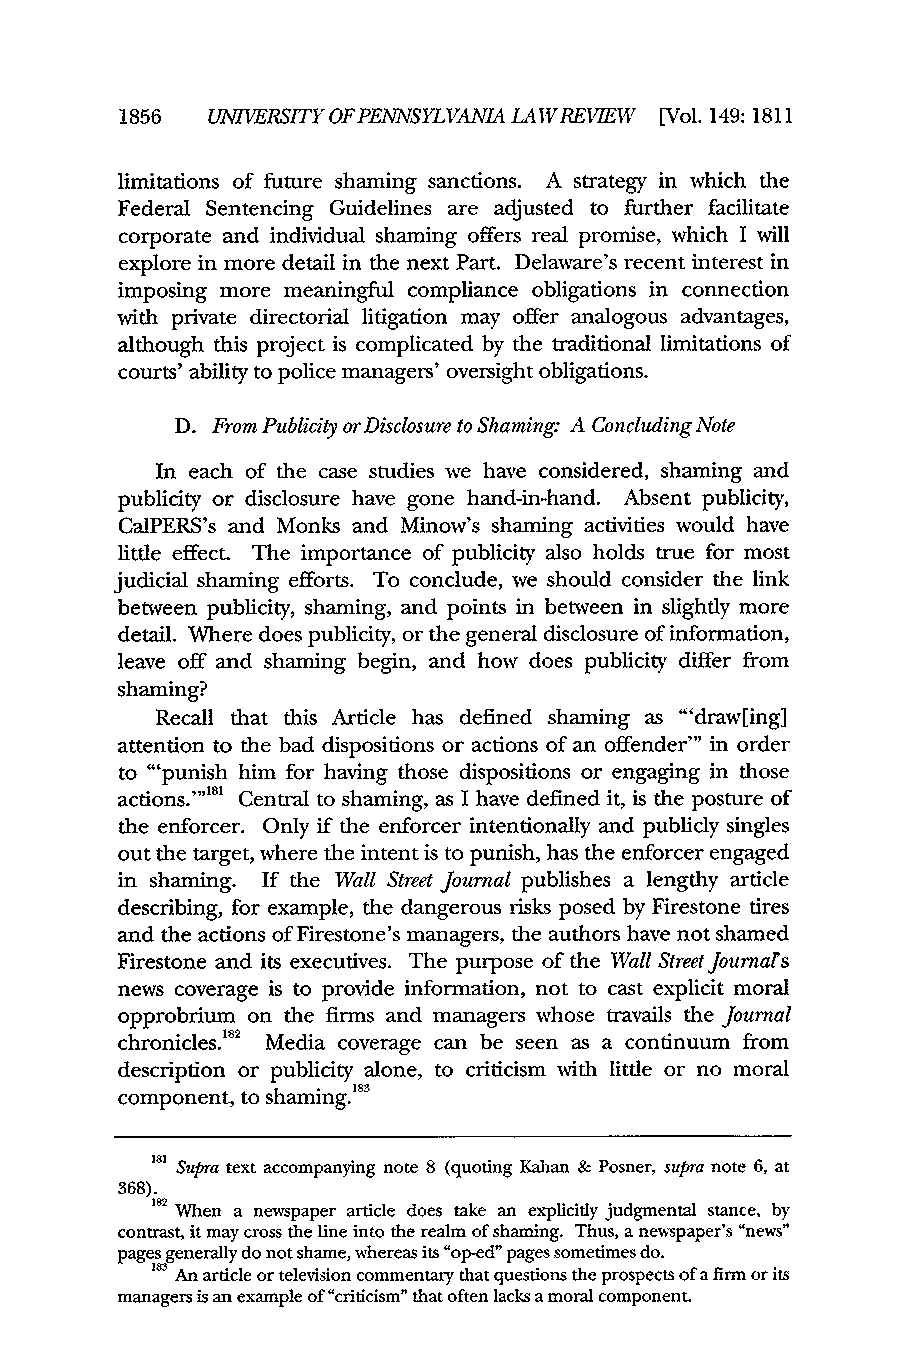
1856  UNIVERSITY OFPENNSYLVANIA LAIVREVEW [Vol. 149:1811
 limitations of future shaming sanctions. A strategy in which the
 Federal Sentencing Guidelines are adjusted to further facilitate
 corporate and individual shaming offers real promise, which I will
 explore in more detail in the next Part. Delaware's recent interest in
 imposing more meaningful compliance obligations in connection
 with private directorial litigation may offer analogous advantages,
 although this project is complicated by the traditional limitations of
 courts' ability to police managers' oversight obligations.
 D. FromP ublicity or Disclosure to Shaming: A ConcludingN ote
 In each of the case studies we have considered, shaming and
 publicity or disclosure have gone hand-in-hand. Absent publicity,
 CalPERS's and Monks and Minow's shaming activities would have
 little effect. The importance of publicity also holds true for most
 judicial shaming efforts. To conclude, we should consider the link
 between publicity, shaming, and points in between in slightly more
 detail. Where does publicity, or the general disclosure of information,
 leave off and shaming begin, and how does publicity differ from
 shaming?
 Recall that this Article has defined shaming as "'draw[ing]
 attention to the bad dispositions or actions of an offender"' in order
 to "'punish him for having those dispositions or engaging in those
 actions."'181 Central to shaming, as I have defined it, is the posture of
 the enforcer. Only if the enforcer intentionally and publicly singles
 out the target, where the intent is to punish, has the enforcer engaged
 in shaming. If the Wall Street Journal publishes a lengthy article
 describing, for example, the dangerous risks posed by Firestone tires
 and the actions of Firestone's managers, the authors have not shamed
 Firestone and its executives. The purpose of the Wall Street Journals
 news coverage is to provide information, not to cast explicit moral
 opprobrium on the firms and managers whose travails the Journal
 chronicles.'8' Media coverage can be seen as a continuum from
 description or publicity alone, to criticism with little or no moral
 component, to shaming.'83
 181 Supra text accompanying note 8 (quoting Kahan & Posner, supra note 6, at
 368).
 182W hen a newspaper article does take an explicitly judgmental stance, by
 contrast, it may cross the line into the realm of shaming. Thus, a newspaper's "news"
 pages generally do not shame, whereas its "op-ed" pages sometimes do.
 183A n article or television commentary that questions the prospects of a firm or its
 managers is an example of "criticism" that often lacks a moral component.